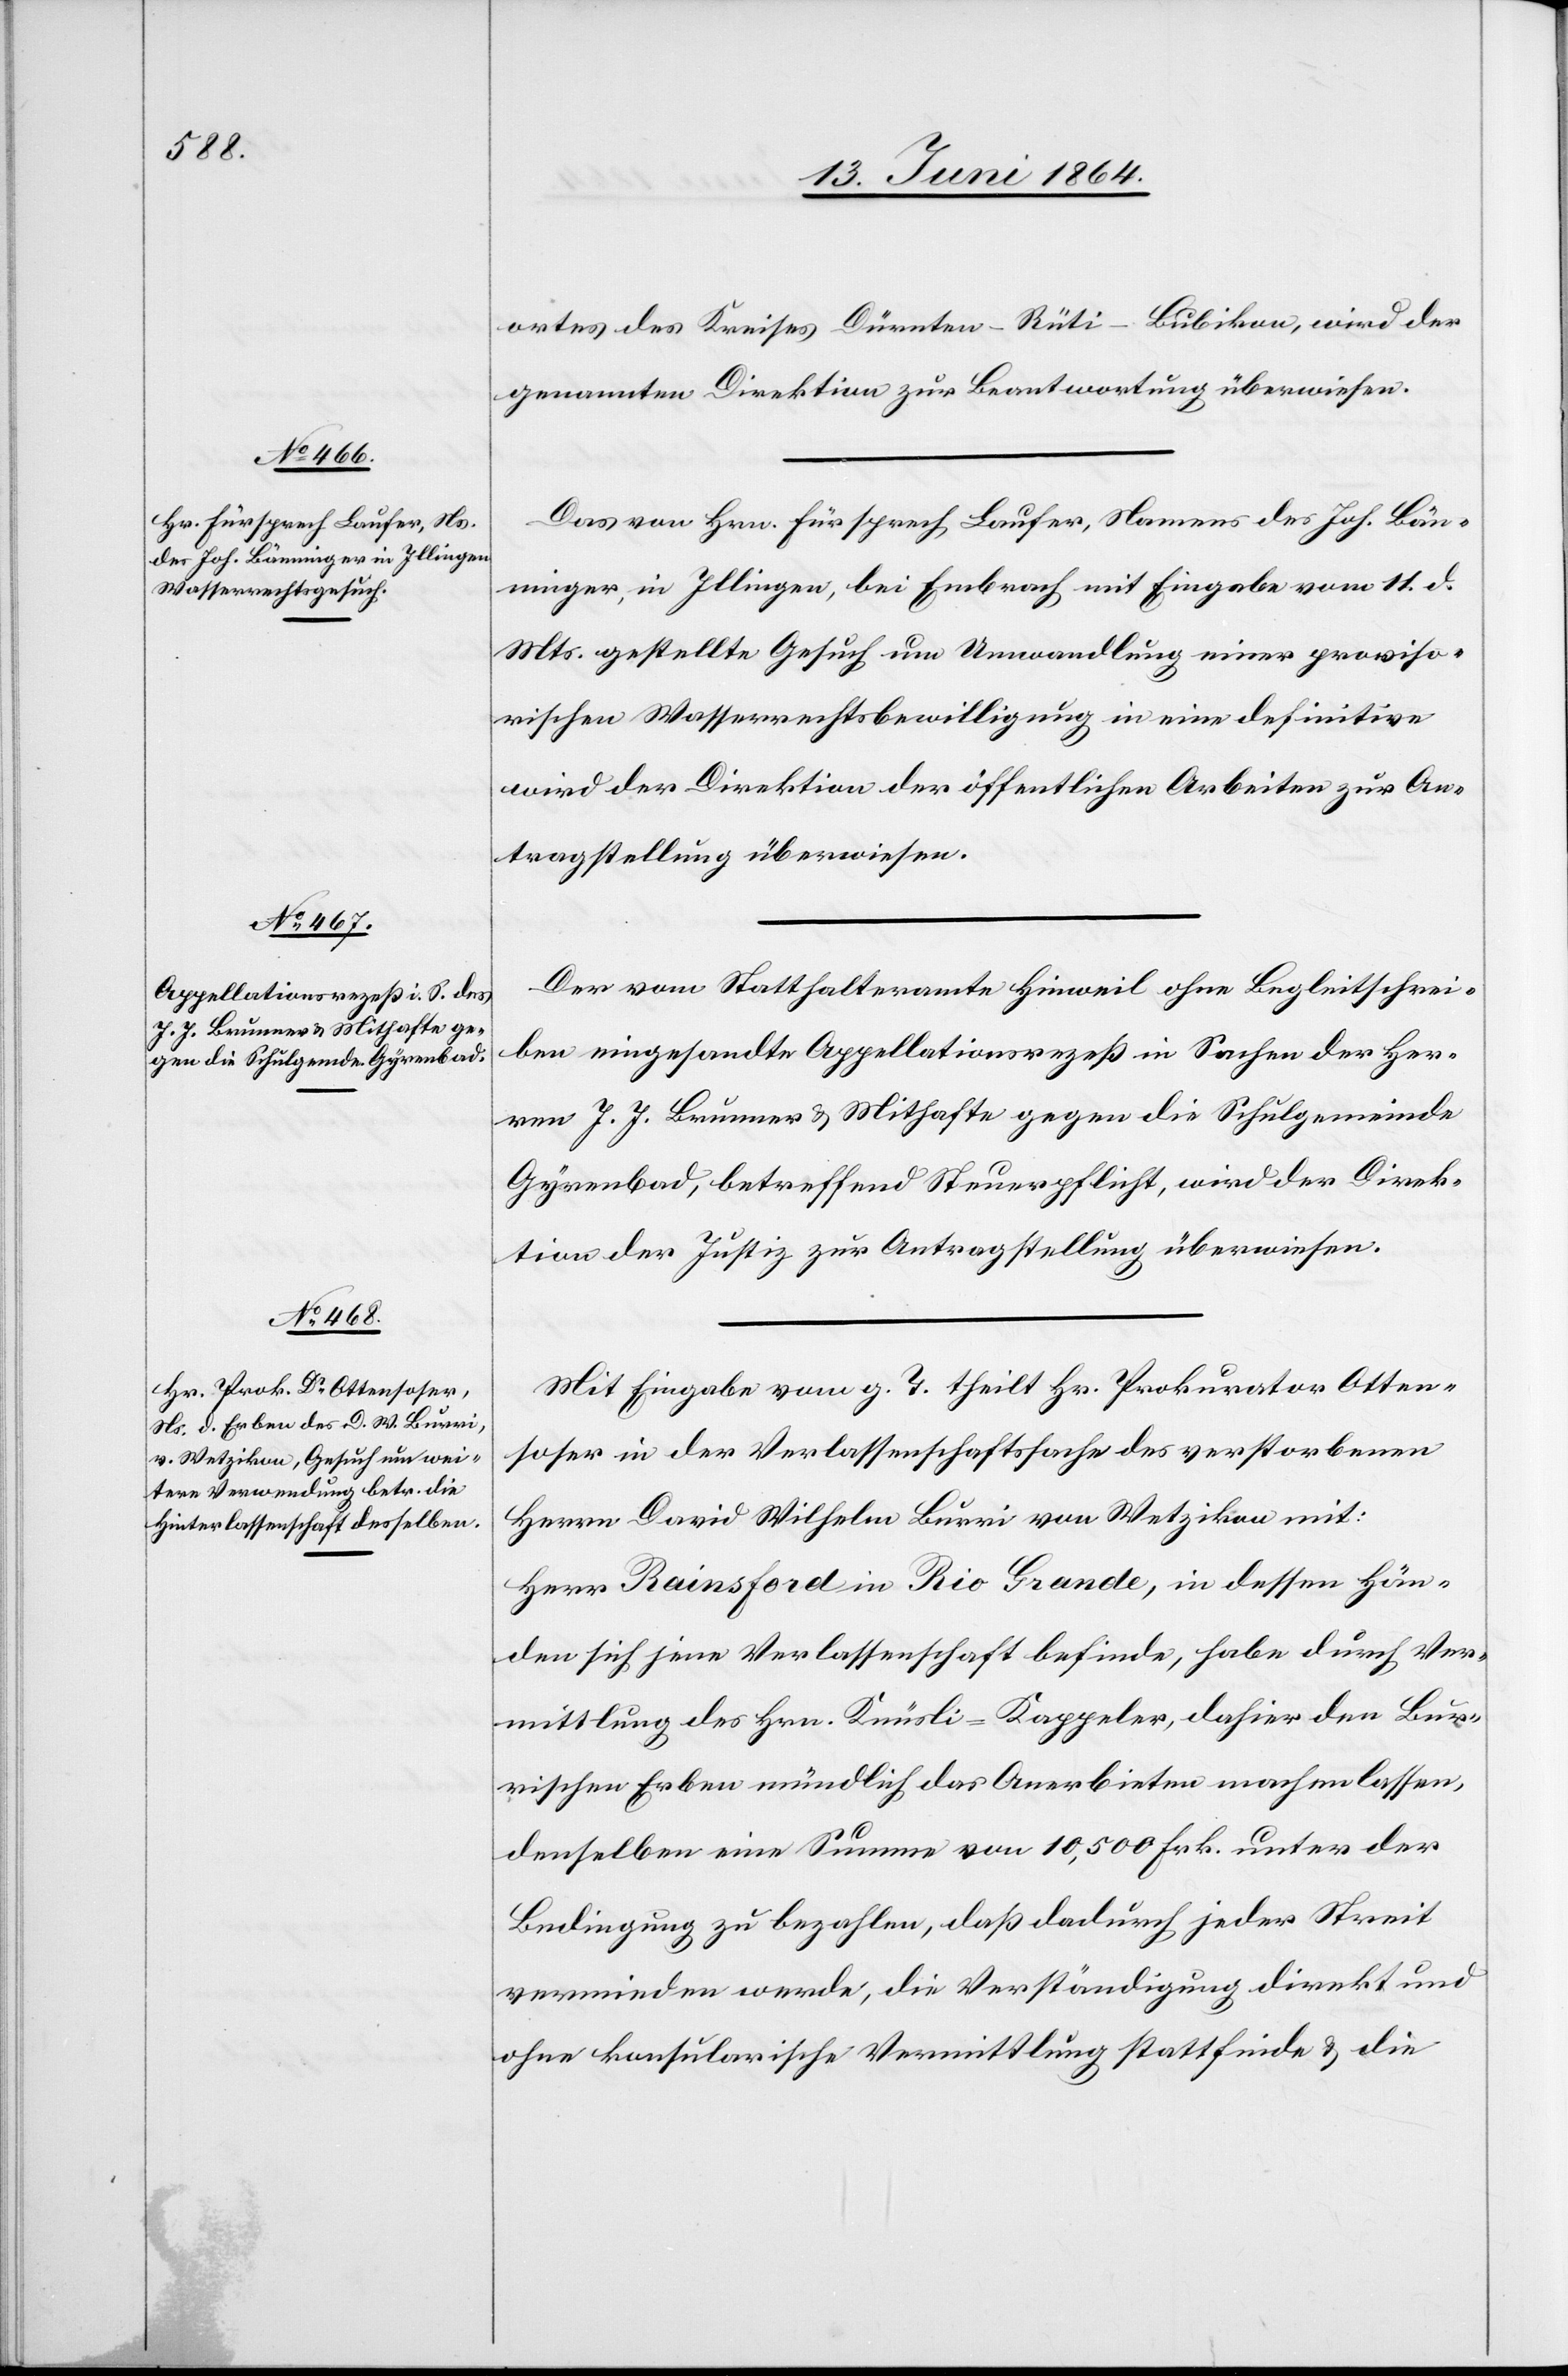
13. Juni 1864.]
ortes des Kreises Dürnten – Rüti – Bubikon, wird der
genannten Direktion zur Beantwortung überwiesen.
Das von Hrn. Fürsprech Laufer, Namens des Joh. Bän¬
ninger, in Illingen, bei Embrach mit Eingabe vom 11. d.
Mts. gestellte Gesuch um Umwandlung einer proviso¬
rischen Wasserrechtsbewilligung in eine definitive
wird der Direktion der öffentlichen Arbeiten zur An¬
tragstellung überwiesen.
Der vom Statthalteramte Hinweil ohne Begleitschrei¬
ben eingesandte Appellationsrezeß in Sachen der Her¬
ren J. J. Brunner u. Mithafte gegen die Schulgemeinde
Gyrenbad, betreffend Steuerpflicht, wird der Direk¬
tion der Justiz zur Antragstellung überwiesen.
Mit Eingabe vom g. T. theilt Hr. Prokurator Otten¬
soser in der Verlassenschaftssache des verstorbenen
Herrn David Wilhelm Burri von Wetzikon mit:
Herr Rainsford in Rio Grande, in dessen Hän¬
den sich jene Verlassenschaft befinde, habe durch Ver¬
mittlung des Hrn. Knüsli-Kappeler, dahier den Bur¬
rischen Erben mündlich das Anerbieten machen lassen,
denselben eine Summe von 10,500 Frk. unter der
Bedingung zu bezahlen, daß dadurch jeder Streit
vermieden werde, die Verständigung direkt und
ohne konsularische Vermittlung stattfinde u. die